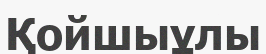
Қойшыұлы